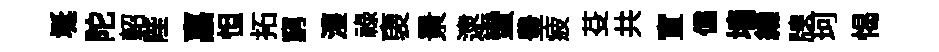
埏陀軺陛嘉怛拓窮濩祿褏㬌逮蠻豊疲芟共宣儻墙緯牕珂愒